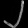
Digit: ၂